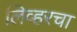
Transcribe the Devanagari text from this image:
लिव्हरचा